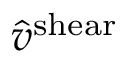
\hat { v } ^ { \mathrm { s h e a r } }